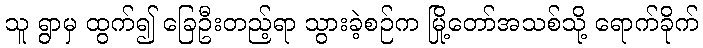
သူ ရွာမှ ထွက်၍ ခြေဦးတည့်ရာ သွားခဲ့စဉ်က မြို့တော်အသစ်သို့ ရောက်ခိုက်